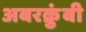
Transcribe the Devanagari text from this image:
अबरक्रुंबी